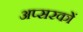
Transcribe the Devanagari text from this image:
अप्सरकों